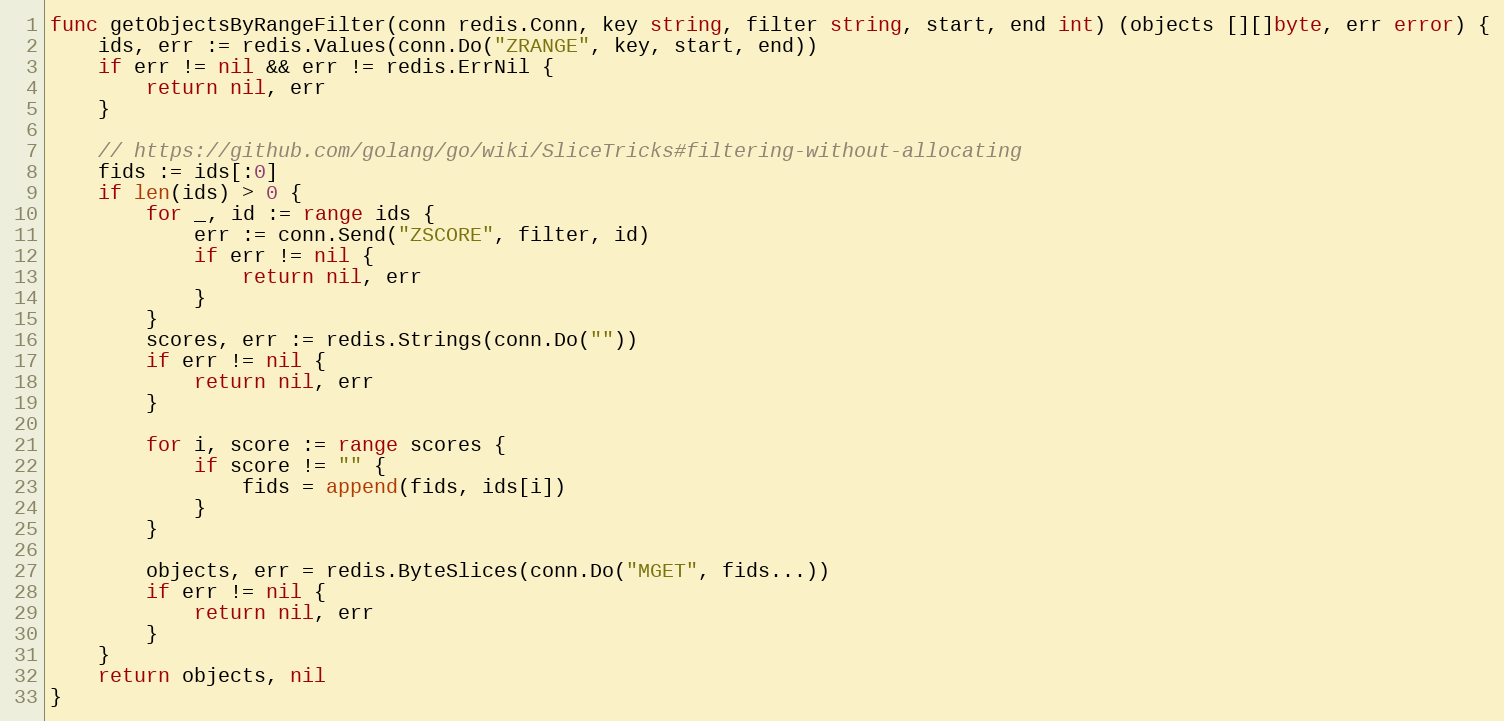
Language: Go
func getObjectsByRangeFilter(conn redis.Conn, key string, filter string, start, end int) (objects [][]byte, err error) {
	ids, err := redis.Values(conn.Do("ZRANGE", key, start, end))
	if err != nil && err != redis.ErrNil {
		return nil, err
	}

	// https://github.com/golang/go/wiki/SliceTricks#filtering-without-allocating
	fids := ids[:0]
	if len(ids) > 0 {
		for _, id := range ids {
			err := conn.Send("ZSCORE", filter, id)
			if err != nil {
				return nil, err
			}
		}
		scores, err := redis.Strings(conn.Do(""))
		if err != nil {
			return nil, err
		}

		for i, score := range scores {
			if score != "" {
				fids = append(fids, ids[i])
			}
		}

		objects, err = redis.ByteSlices(conn.Do("MGET", fids...))
		if err != nil {
			return nil, err
		}
	}
	return objects, nil
}